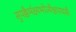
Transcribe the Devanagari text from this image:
सुपक्कैर्भक्ष्यभोज्यैश्चपायसैः